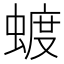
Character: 𮔦